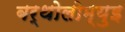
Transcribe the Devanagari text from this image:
बर्थोलोम्युइ